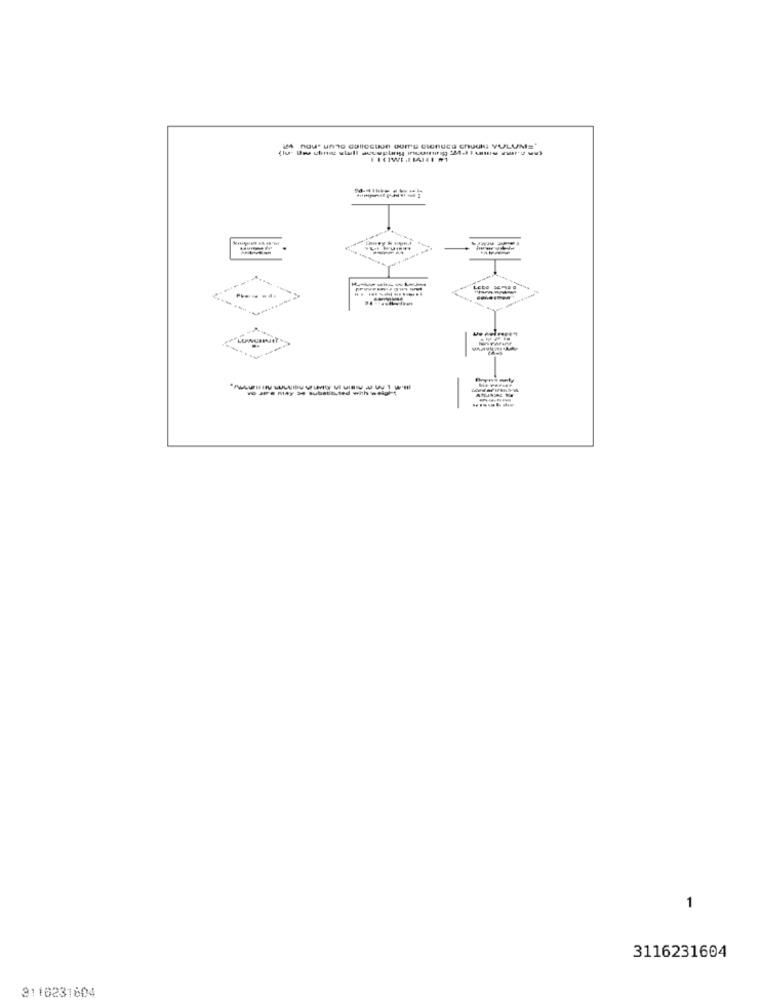
Phe
we are May 34 substituted with weight
----
1
3116231604
3110231804